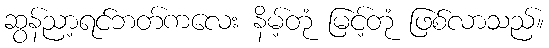
ဆွန်ညာ့ရင်ဘတ်ကလေး နိမ့်တုံ မြင့်တုံ ဖြစ်လာသည်။